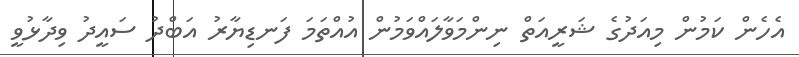
އެހެން ކަމުން މިއަދުގެ ޝަރީއަތް ނިންމަވާލައްވަމުން އުއްތަމަ ފަނޑިޔާރު އަބްދު ސައީދު ވިދާޅުވީ